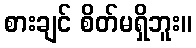
စားချင် စိတ်မရှိဘူး။